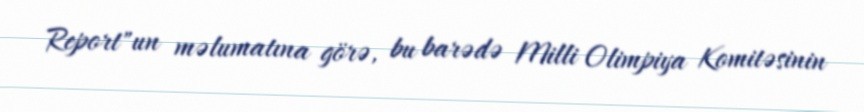
Report"un məlumatına görə, bu barədə Milli Olimpiya Komitəsinin